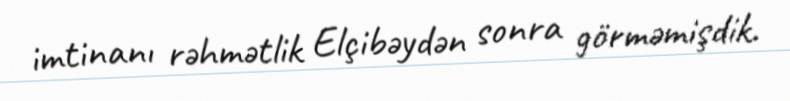
imtinanı rəhmətlik Elçibəydən sonra görməmişdik.